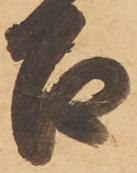
召